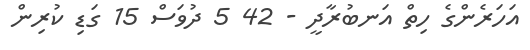
އަހަރެންގެ ހިތް އަނބުރާދީ - 42 5 ދުވަސް 15 ގަޑި ކުރިން